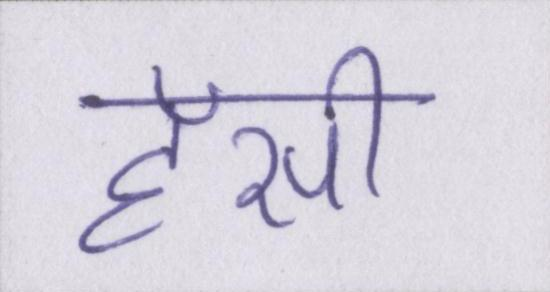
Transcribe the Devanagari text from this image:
हॅसी